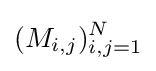
(M_{i,j})_{i,j=1}^{N}